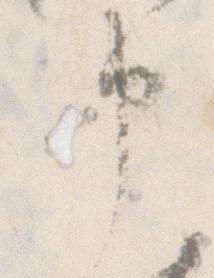
申